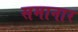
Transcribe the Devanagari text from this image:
समानार